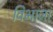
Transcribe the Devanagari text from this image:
विभाजा